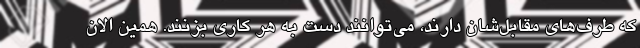
که طرف‌های مقابل‌شان دارند، می‌توانند دست به هر کاری بزنند. همین الان